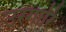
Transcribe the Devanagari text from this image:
उरगारि